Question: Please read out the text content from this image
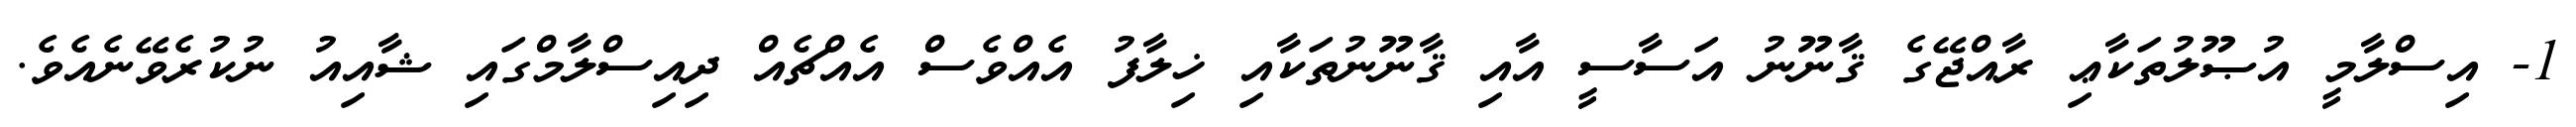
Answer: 1- އިސްލާމީ އުޞޫލުތަކާޢި ރާއްޖޭގެ ޤާނޫނު އަސާސީ އާއި ޤާނޫނުތަކާއި ޚިލާފު އެއްވެސް އެއްޗެއް ދިއިސްލާމްގައި ޝާއިއު ނުކުރެވޭނެއެވެ.